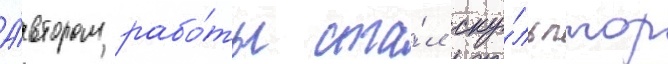
А́втором рабо́ты ста́л ску́льптор